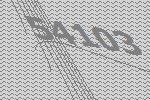
54103